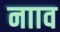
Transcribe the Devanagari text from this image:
नााव